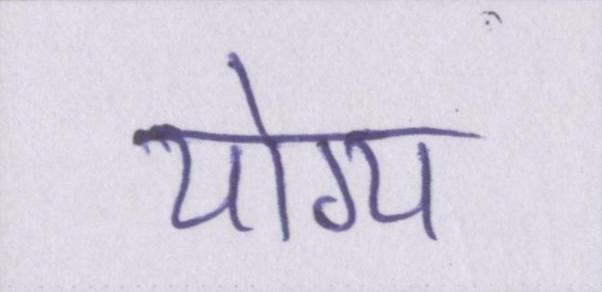
योग्य